Senior Leaving Certificate Examination (including Day School Certificate (Higher) General paper), 1946
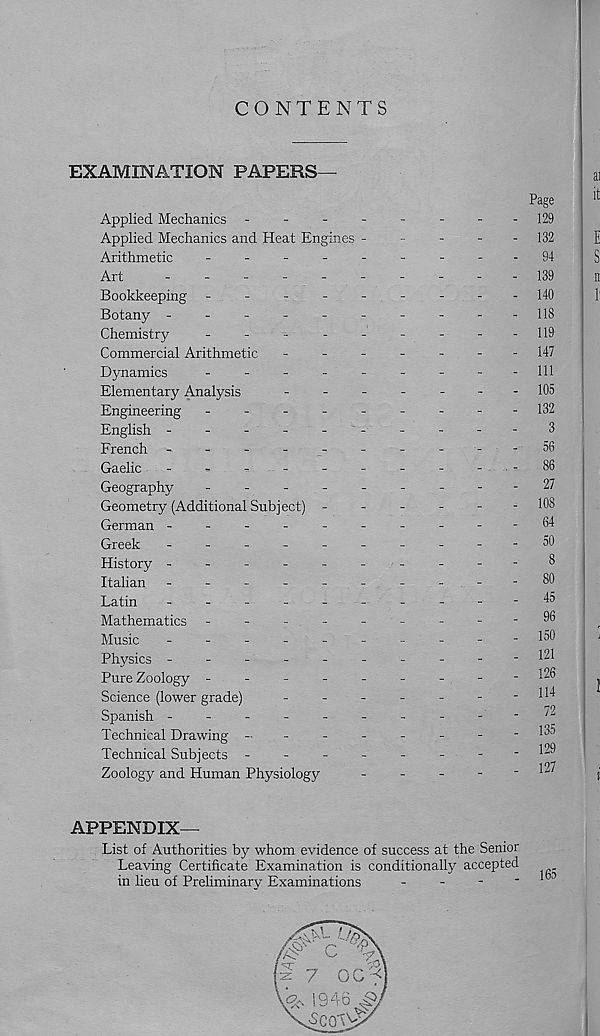
CONTENTS
EXAMINATION PAPERS—
Page
Applied Mechanics -------- 129
Applied Mechanics and Heat Engines -
-
-
-
- 132
Arithmetic
-
--
--
--
--94
Art
---------- 139
Bookkeeping -
--
--
--
--140
Botany -
-
-
-
-
-
-
-
-
- 118
Chemistry
--------- 119
Commercial Arithmetic
------- 147
Dynamics
-
--
--
--
-- 111
Elementary Analysis
------- 105
Engineering --------- 132
English ----------3
French -
--
--
--
--
-56
Gaelic
-
-
-
-
-
-
-
-
-86
Geography
---------
27
Geometry (Additional Subject) ------ 108
German ----------64
Greek
-
--
--
--
--
-50
History ----------8
Italian -
--
--
--
--
-80
Latin
-
--
--
--
--
-45
Mathematics -
--
--
--
--96
Music
---------- 150
Physics ----------121
Pure Zoology --------- 126
Science (lower grade)
-
-
-
-
-
-
-1H
Spanish ----------
'2
Technical Drawing -
-
-
-
-
-
.
- 13D
Technical Subjects -
-
-
-
-
-
-
-129
197
Zoology and Human Physiology
-
-
-
-
"
APPENDIX—
List of Authorities by whom evidence of success at the Senior
Leaving Certificate Examination is conditionally accepted
in lieu of Preliminary Examinations
-
-
-
- 1 ^